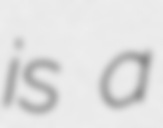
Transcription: is a